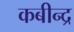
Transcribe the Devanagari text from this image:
कबीन्द्र